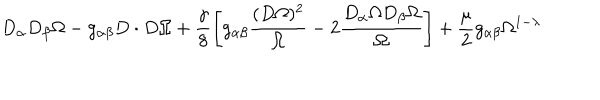
D _ { \alpha } D _ { \beta } \Omega - g _ { \alpha \beta } D \cdot D \Omega + \frac { \gamma } { 8 } \left[ g _ { \alpha \beta } \frac { ( D \Omega ) ^ { 2 } } { \Omega } - 2 \frac { D _ { \alpha } \Omega D _ { \beta } \Omega } { \Omega } \right] + \frac { \mu } { 2 } g _ { \alpha \beta } \Omega ^ { 1 - \lambda }